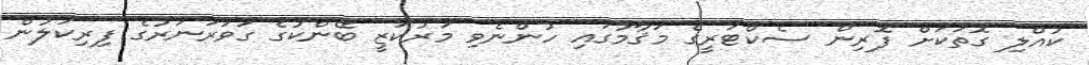
"ކުއްލި ގޮތަކަށް ފޮރިން ސެކްޓަރީގެ މަޤާމުގައި ހުންނެވި މަރުކަޒީ ބޭންކުގެ ގަވަރަނަރުގެ ފިރިކަލުން